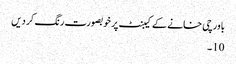
باورچی خانے کے کیبنٹ پر خوبصورت رنگ کر دیں
10۔